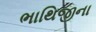
ભાથિજીના